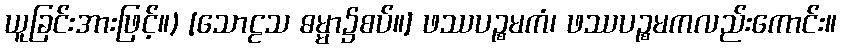
ယူခြင်းအားဖြင့်။) [သောဠသ ဓမ္မာ၌စပ်။] ဖဿပဉ္စမကံ၊ ဖဿပဉ္စမကလည်းကောင်း။